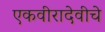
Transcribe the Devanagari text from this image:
एकवीरादेवीचे